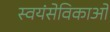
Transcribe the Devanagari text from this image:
स्वयंसेविकाओं